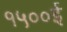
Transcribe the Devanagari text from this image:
१५००ई